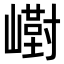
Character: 𪩙